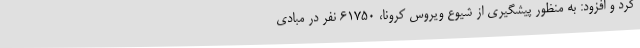
کرد و افزود: به منظور پیشگیری از شیوع ویروس کرونا، 61750 نفر در مبادی